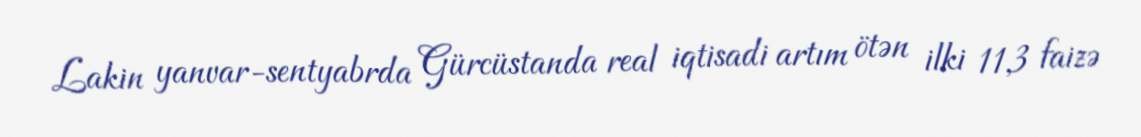
Lakin yanvar-sentyabrda Gürcüstanda real iqtisadi artım ötən ilki 11,3 faizə